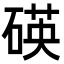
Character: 碤